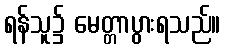
ရန်သူ၌ မေတ္တာပွားရသည်။